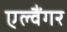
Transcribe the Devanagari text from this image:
एल्वैंगर